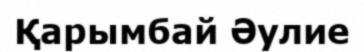
Қарымбай Әулие